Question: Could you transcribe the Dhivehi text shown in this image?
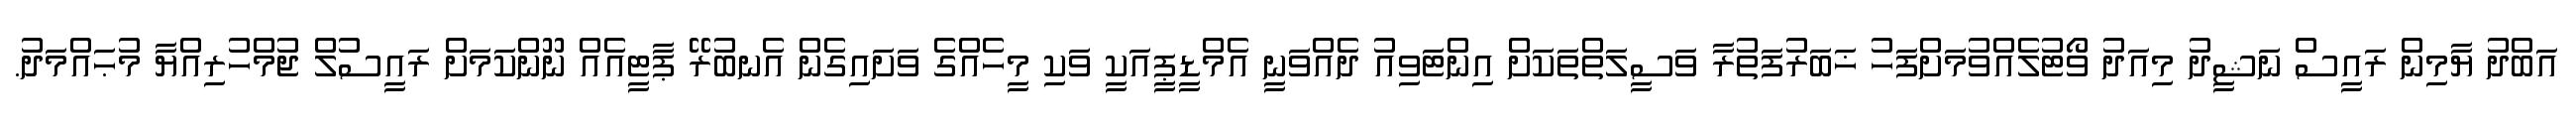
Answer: އަބްދު ޔާމިން ރައީސް ނަޝީދު މިއަދު ވޯޓުލެއްވުމަށްފަހު ޚަބަރުފަތުރާ ވަސީލަތްތަކަށް އިންޓަވިއު ދެއްވަނީ އެމްޑީޕީއަކީ ވަކި މީހެއްގެ ވަށައިގެން އެނބުރޭ ޕާޓީއެއް ނޫންކަމަށް ރައީސުލް ޖުމްހުރިއްޔާ މުޙައްމަދު.